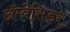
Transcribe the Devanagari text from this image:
अॅम्बेसिडर